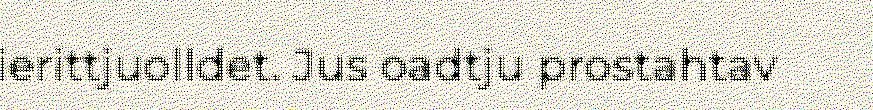
ierittjuolldet. Jus oadtju prostahtav